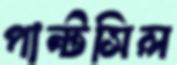
পান্টসিল